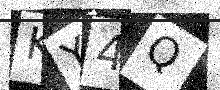
Text: KY4Q